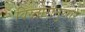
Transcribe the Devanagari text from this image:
विस्तारानुसार